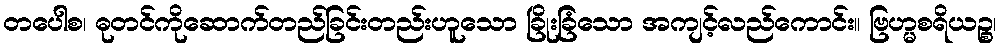
တပေါစ၊ ဓုတင်ကိုဆောက်တည်ခြင်းတည်းဟူသော ခြိုးခြံသော အကျင့်လည်ကောင်း။ ဗြဟ္မစရိယဉ္စ၊